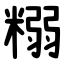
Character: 糑